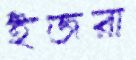
ইজরা